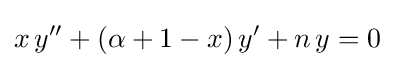
x\,y''+(\alpha +1-x)\,y'+n\,y=0~